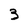
Character: 3